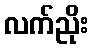
လက်ညိုး